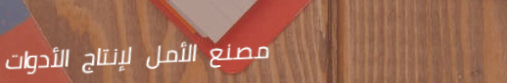
مصنع الأمل لإنتاج الأدوات